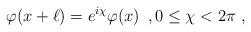
LaTeX: \begin{align*}\quad \varphi (x+\ell) = e^{i\chi}\varphi (x) \,\,\,,0\leq \chi < 2\pi \,\,,\end{align*}